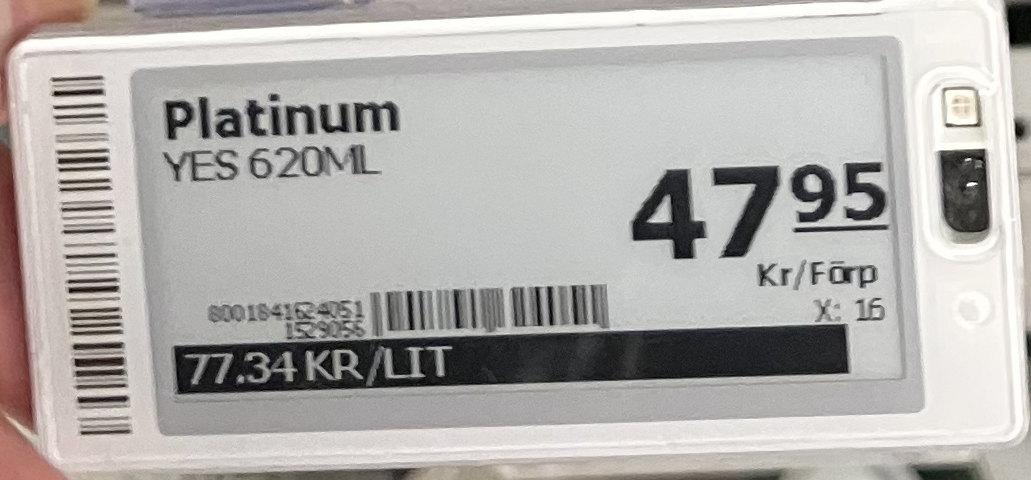
Vara: Platinum
Genomsnittspris: 77.34 per L